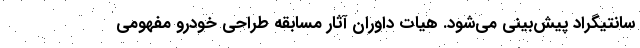
سانتیگراد پیش‌بینی می‌شود. هیات داوران آثار مسابقه طراحی خودرو مفهومی